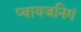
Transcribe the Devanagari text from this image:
प्वायजनिगं